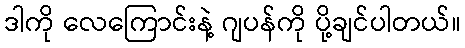
ဒါကို လေကြောင်းနဲ့ ဂျပန်ကို ပို့ချင်ပါတယ်။